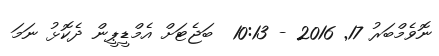
ނޮވެމްބަރު 17